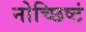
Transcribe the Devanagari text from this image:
नोच्छिष्टं